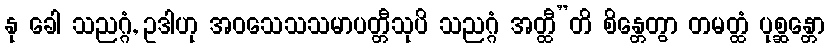
နု ခေါ သညဂ္ဂံ, ဥဒါဟု အဝသေသသမာပတ္တီသုပိ သညဂ္ဂံ အတ္ထီ”တိ စိန္တေတွာ တမတ္ထံ ပုစ္ဆန္တော